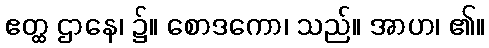
ဧတ္ထ ဌာနေ၊ ၌။ စောဒကော၊ သည်။ အာဟ၊ ၏။